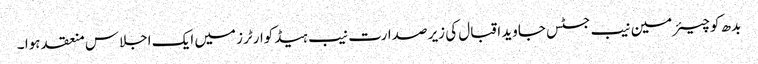
بدھ کو چیئرمین نیب جسٹس جاوید اقبال کی زیر صدارت نیب ہیڈکوارٹرز میں ایک اجلاس منعقد ہوا ۔